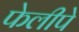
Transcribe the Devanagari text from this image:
फेलीपे